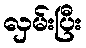
လှမ်းပြီး